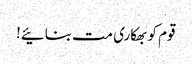
قوم کو بھکاری مت بنائیے!